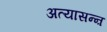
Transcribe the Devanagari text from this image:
अत्यासन्ऩ